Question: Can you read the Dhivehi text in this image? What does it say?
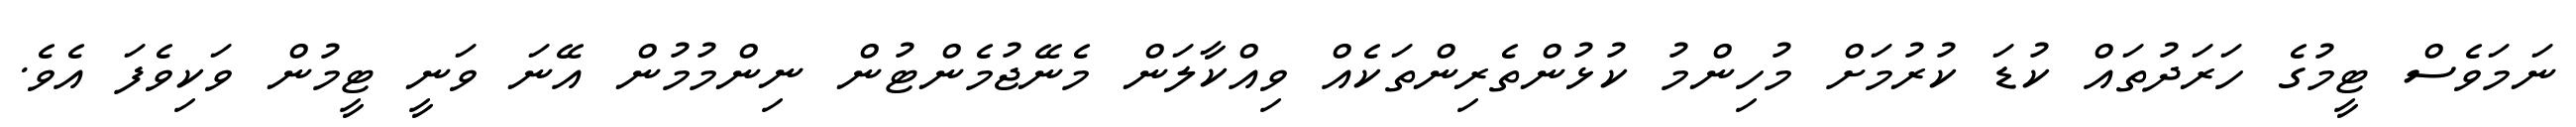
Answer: ނަމަވެސް ޓީމުގެ ހަރަދުތައް ކުޑަ ކުރުމަށް މުހިންމު ކުޅުންތެރިންތަކެއް ވިއްކާލަން މެނޭޖުމެންޓުން ނިންމުމުން އޭނަ ވަނީ ޓީމުން ވަކިވެފަ އެވެ.